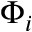
\Phi _ { i }